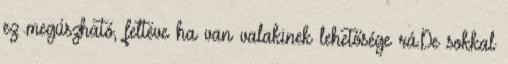
ez megúszható, feltéve ha van valakinek lehetősége rá.De sokkal